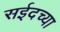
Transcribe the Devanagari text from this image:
सईदच्या